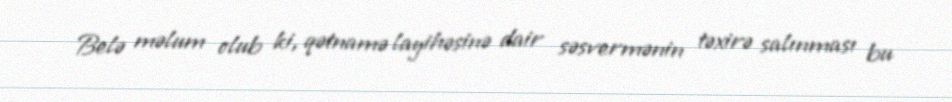
Belə məlum olub ki, qətnamə layihəsinə dair səsvermənin təxirə salınması bu